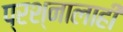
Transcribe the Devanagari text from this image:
प्रश्नालाही